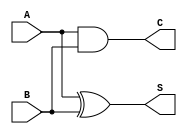
module Half_Add(input A,B, output S,C);
xor g1(S,A,B);
and g2(C,A,B);
endmodule

module Full_Add(input A,B,C_IN,output S,C_OUT);
wire w1,w2,w3;
Half_Add ha1(A,B,w1,w2);
Half_Add ha2(w1,C_IN,S,w3);
or g1(C_OUT,w2,w3);
endmodule